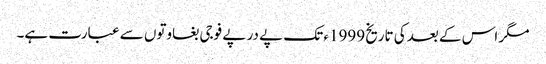
مگر اس کے بعدکی تاریخ 1999ء تک پے در پے فوجی بغاوتوں سے عبارت ہے۔